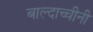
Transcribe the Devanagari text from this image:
बाल्दाच्चीनी